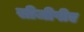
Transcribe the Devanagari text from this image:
सीजीपीए